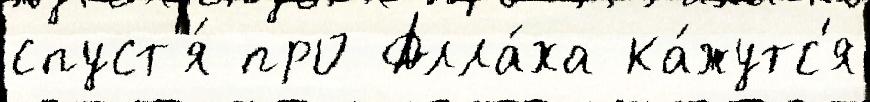
спуст'я́ про Алла́ха ка́жутс'я